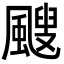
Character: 颼